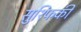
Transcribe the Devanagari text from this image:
सुश्फिकी